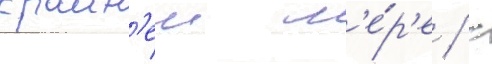
краин'еи м'е́р'е / с